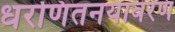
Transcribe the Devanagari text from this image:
धरणितनयावरण